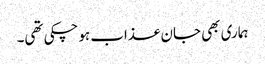
ہماری بھی جان عذاب ہوچکی تھی۔